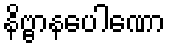
နိဗ္ဗာနပေါဏော